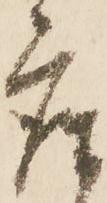
座